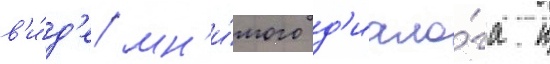
в'и́д'е мн'и́мого д'иало́га к